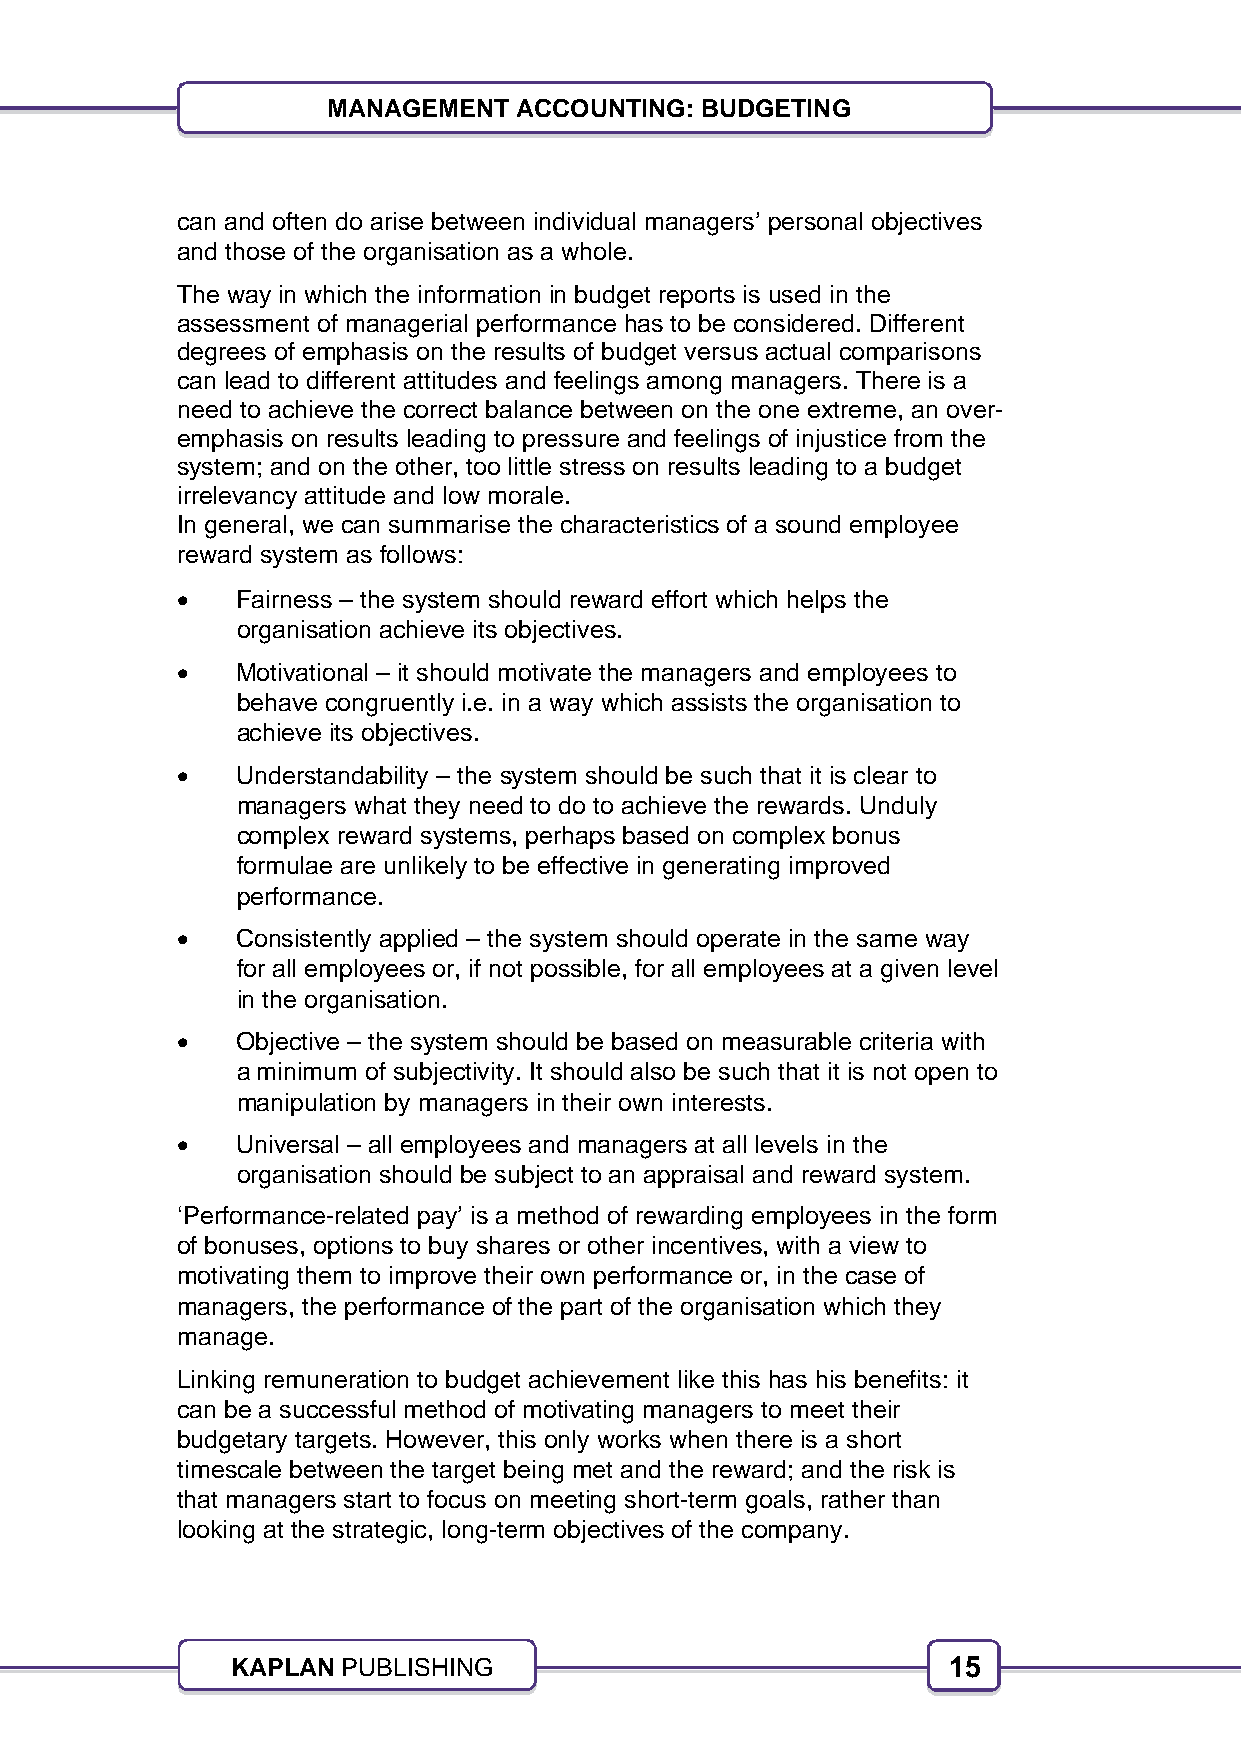
15
 MANAGEMENT  ACCOUNTING: BUDGETING
 can and often do arise between individual managers’ personal objectives
 and those of the organisation as a whole.
 The way in which the information in budget reports is used in the
 assessment of managerial performance has to be considered. Different
 degrees of emphasis on the results of budget versus actual comparisons
 can lead to different attitudes and feelings among managers. There is a
 need to achieve the correct balance between on the one extreme, an over-
 emphasis on results leading to pressure and feelings of injustice from the
 system; and on the other, too little stress on results leading to a budget
 irrelevancy attitude and low morale.
 In general, we can summarise the characteristics of a sound employee
 reward system as follows:
    Fairness – the system should reward effort which helps the
 organisation achieve its objectives.
    Motivational – it should motivate the managers and employees to
 behave congruently i.e. in a way which assists the organisation to
 achieve its objectives.
    Understandability – the system should be such that it is clear to
 managers what they need to do to achieve the rewards. Unduly
 complex reward systems, perhaps based on complex bonus
 formulae are unlikely to be effective in generating improved
 performance.
    Consistently applied – the system should operate in the same way
 for all employees or, if not possible, for all employees at a given level
 in the organisation.
    Objective – the system should be based on measurable criteria with
 a minimum of subjectivity. It should also be such that it is not open to
 manipulation by managers in their own interests.
    Universal – all employees and managers at all levels in the
 organisation should be subject to an appraisal and reward system.
 ‘Performance-related pay’ is a method of rewarding employees in the form
 of bonuses, options to buy shares or other incentives, with a view to
 motivating them to improve their own performance or, in the case of
 managers, the performance of the part of the organisation which they
 manage.
 Linking remuneration to budget achievement like this has his benefits: it
 can be a successful method of motivating managers to meet their
 budgetary targets. However, this only works when there is a short
 timescale between the target being met and the reward; and the risk is
 that managers start to focus on meeting short-term goals, rather than
 looking at the strategic, long-term objectives of the company.
 KAPLAN  PUBLISHING                              15